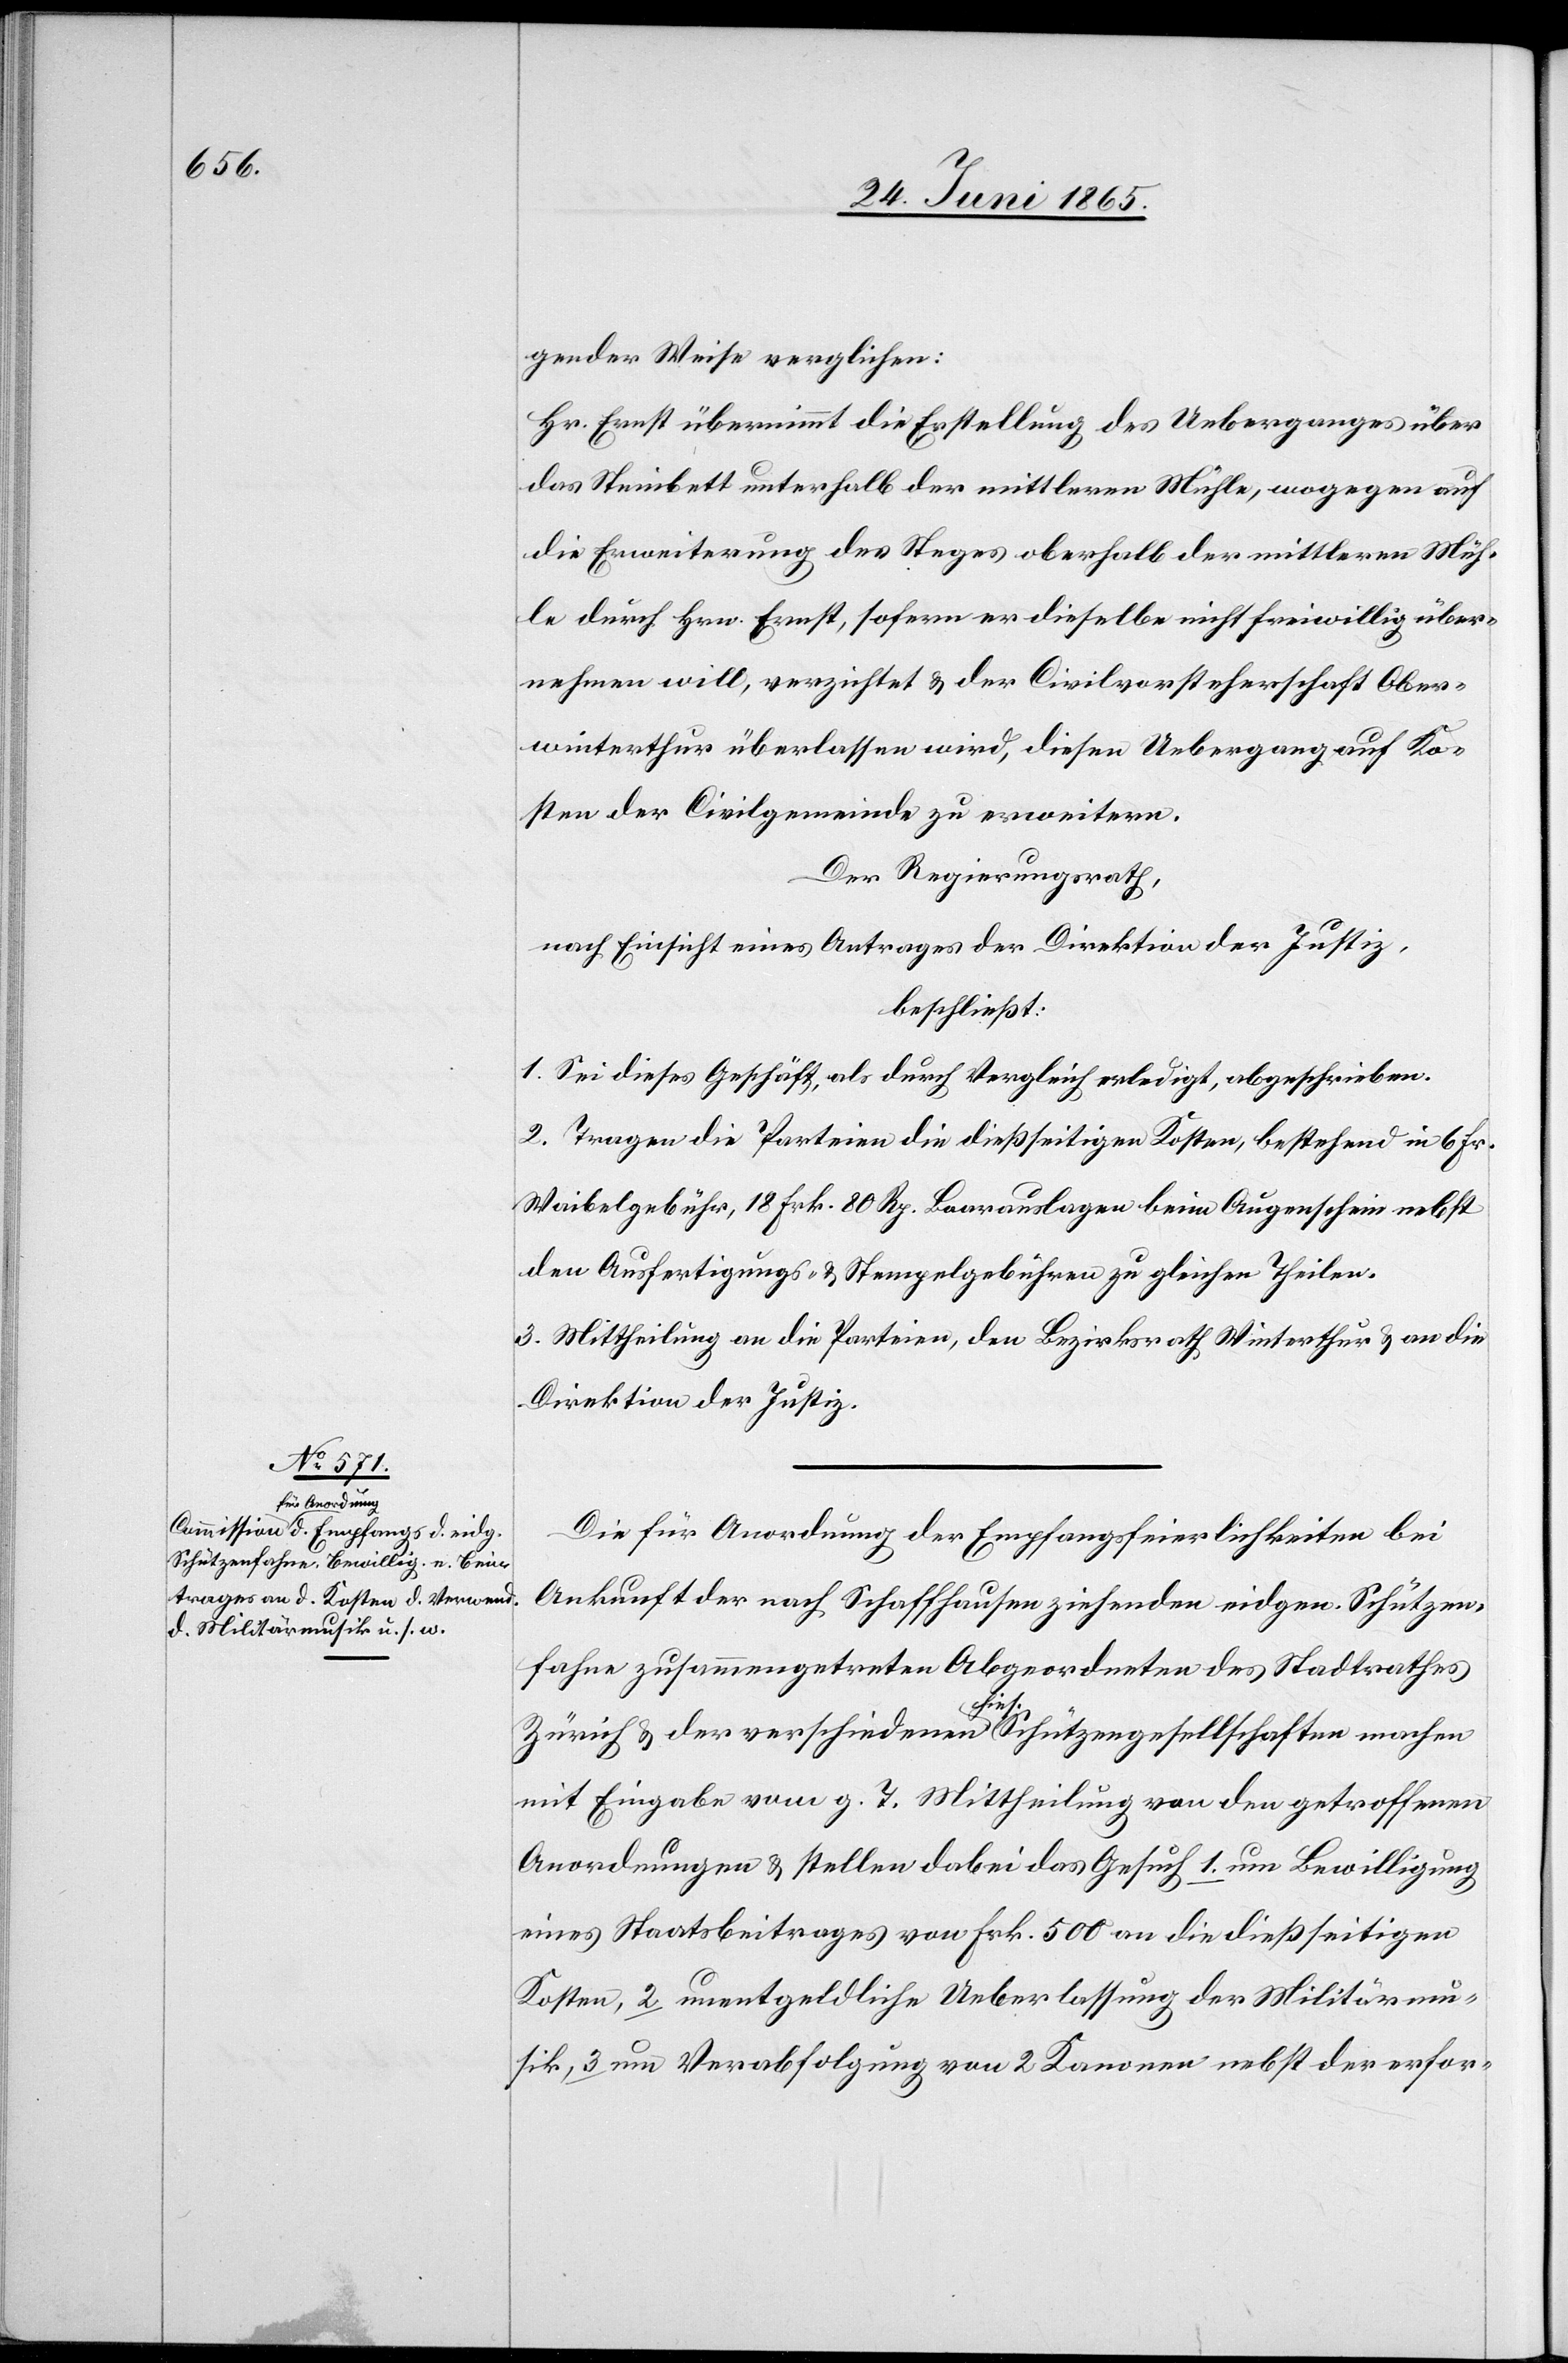
gender Weise verglichen:
Hr. Ernst übernimmt die Erstellung des Ueberganges über
das Steinbett unterhalb der mittleren Mühle, wogegen auf
die Erweiterung des Steges oberhalb der mittleren Müh¬
le durch Hrn. Ernst, sofern er dieselbe nicht freiwillig über¬
nehmen will, verzichtet & der Civilvorsteherschaft Ober¬
winterthur überlassen wird, diesen Uebergang auf Ko¬
sten der Civilgemeinde zu erweitern.
Der Regierungsrath,
nach Einsicht eines Antrages der Direktion der Justiz,
beschließt:
1. Sei dieses Geschäft, als durch Vergleich erledigt, abgeschrieben.
2. Tragen die Parteien die dießseitigen Kosten, bestehend in 6 Fr.
Waibelgebühr, 18 Frk. 80 Rp. Baarauslagen beim Augenschein nebst
den Ausfertigungs- & Stempelgebühren zu gleichen Theilen.
3. Mittheilung an die Parteien, den Bezirksrath Winterthur & an die
Direktion der Justiz.
Die für Anordnung der Empfangsfeierlichkeiten bei
Ankunft der nach Schaffhausen ziehenden eidgen. Schützen¬
fahne zusammengetreten[en] Abgeordneten des Stadtrathes
Zürich & der verschiedenen hies. Schützengesellschaften machen
mit Eingabe vom g. T. Mittheilung von den getroffenen
Anordnungen & stellen dabei das Gesuch 1. um Bewilligung
eines Staatsbeitrages von Frk. 500 an die dießseitigen
Kosten, 2 unentgeldliche Ueberlassung der Militärmu¬
sik, 3 um Verabfolgung von 2 Kanonen nebst der erfor-